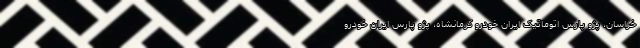
خراسان، پژو پارس اتوماتیک ایران خودرو کرمانشاه، پژو پارس ایران خودرو